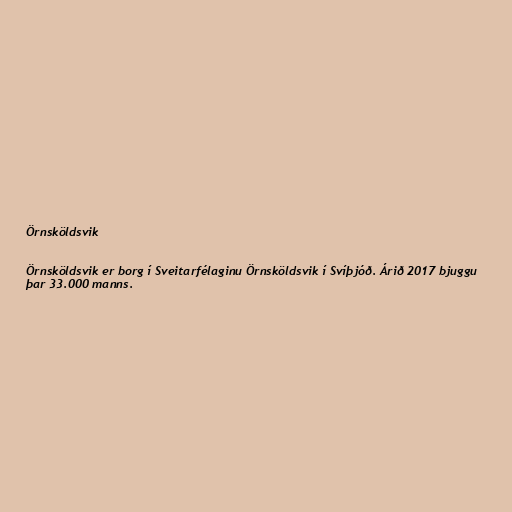
Örnsköldsvik

Örnsköldsvik er borg í Sveitarfélaginu Örnsköldsvik í Svíþjóð. Árið 2017 bjuggu
þar 33.000 manns.